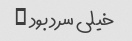
خیلی سرد بود …